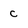
Character: c